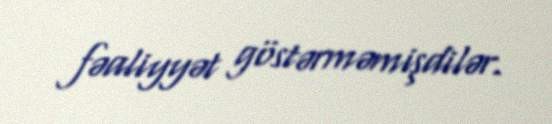
fəaliyyət göstərməmişdilər.